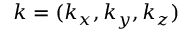
\boldsymbol { k } = ( k _ { x } , k _ { y } , k _ { z } )